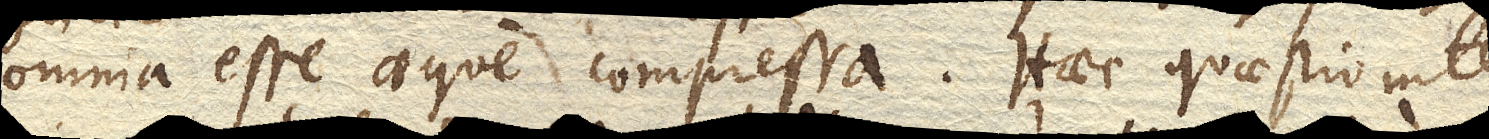
omnia esse aeque compressa. Haec quaestio inter